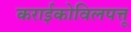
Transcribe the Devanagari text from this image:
कराईकोविलपत्तू